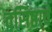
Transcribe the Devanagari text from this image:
वसिष्ठाचे